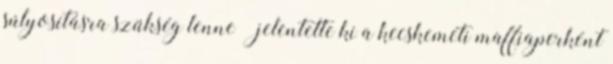
súlyosításra szükség lenne – jelentette ki a kecskeméti maffiaperként